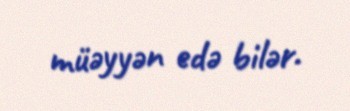
müəyyən edə bilər.